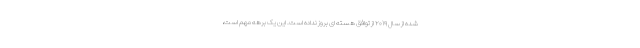
شده از سال ۲۰۱۹ از توافق هسته ای بروز نداده است. این یک برهه مهم است،